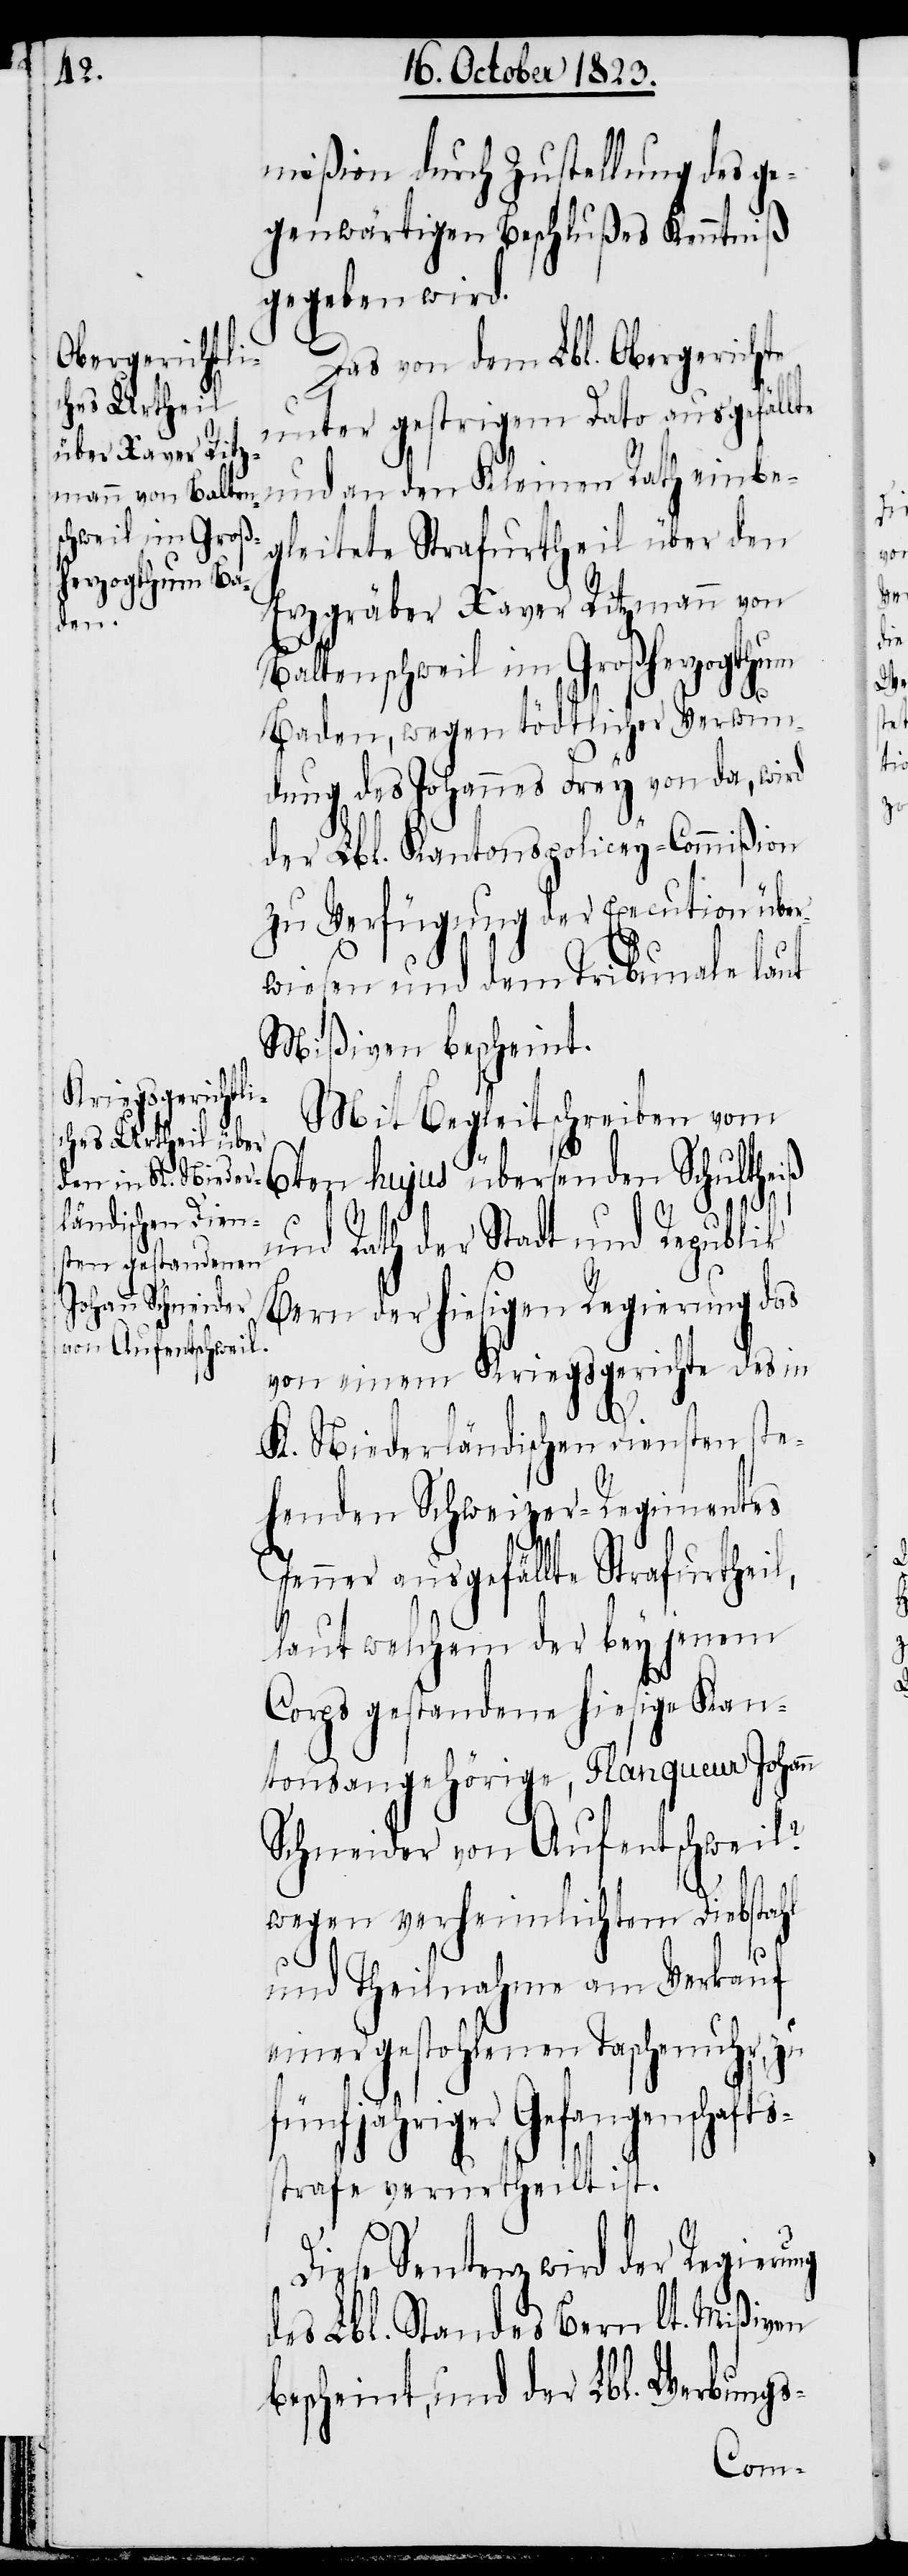
mißion durch Zustellung des ge¬
genwärtigen Beschlußes Kenntniß
gegeben wird.
Das von dem Lbl. Obergerichte
unter gestrigem Dato ausgefällte
und an den Kleinen Rath einbe¬
gleitete Strafurtheil über den
Erzgräber Xaver Ritzmann von
Baltenschweil im Großherzogthum
Baden, wegen tödtlicher Verwun¬
dung des Johannes Frey von da, wird
der Lbl. Kantonspolicey-Commißion
zu Verfügung der Execution übe¬
rwiesen und dem Tribunale laut
Mißiven bescheint.
Mit Begleitschreiben vom
6ten hujus übersenden Schultheiß
ng
und Rath der Stadt und Republik
Bern der hiesigen Regierung das
von einem Kriegsgerichte des in
K. Niederländischen Diensten ste¬
henden Schweizer-Regimentes
Jenner ausgefällte Strafurtheil,
laut welchem der bey jenem
Corps gestandene hiesige Kan¬
tonsangehörige, Flanqueur Johann
Schneider von Aufentschweil?
wegen verheimlichtem Diebstahl
und Theilnahme am Verkauf
einer gestohlenen Taschenuhr, zu
fünfjähriger Gefangenschafts¬
strafe verurtheilt ist.
Diese Sentenz wird der Regieru¬
des Lbl. Standes Bern lt. Mißiven
bescheint, und der Lbl. Werbungs-